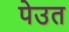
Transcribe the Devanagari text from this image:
पेउत